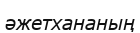
әжетхананың